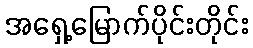
အရှေ့မြောက်ပိုင်းတိုင်း